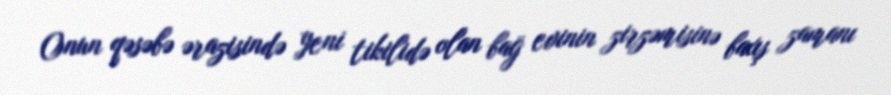
Onun qəsəbə ərazisində yeni tikilidə olan bağ evinin zirzəmisinə baxış zamanı